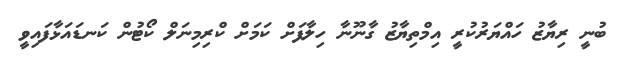
ބުނީ ރިޔާޒު ހައްޔަރުކުރީ އިމްތިޔާޒު ގާނޫނާ ހިލާފަށް ކަމަށް ކްރިމިނަލް ކޯޓުން ކަނޑައަޅާފައިވީ